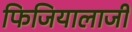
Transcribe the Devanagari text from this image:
फिजियालाजी